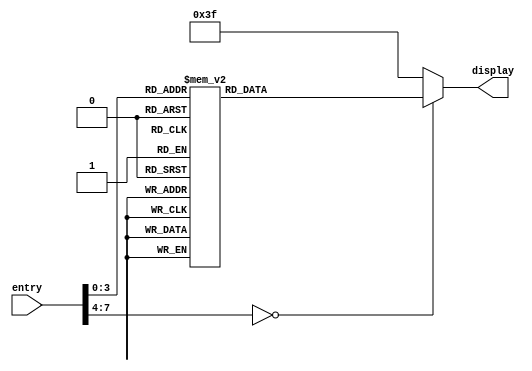
module disp7seg(entry, display);
	parameter tamanho = 8;
	input [tamanho - 1:0] entry;
	output reg [6:0] display;
	
	always @(entry) begin
	case(entry)
			8'b00000000: display = 7'b0000001; // 0
			8'b00000001: display = 7'b1001111; // 1
			8'b00000010: display = 7'b0010010; // 2
			8'b00000011: display = 7'b0000110; // 3
			8'b00000100: display = 7'b1001100; // 4
			8'b00000101: display = 7'b0100100; // 5
			8'b00000110: display = 7'b0100000; // 6
			8'b00000111: display = 7'b0001101; // 7
			8'b00001000: display = 7'b0000000; // 8
			8'b00001001: display = 7'b0000100; // 9
			8'b00001010: display = 7'b0001000; // A
			8'b00001011: display = 7'b1100000; // b
			8'b00001100: display = 7'b0110001; // C
			8'b00001101: display = 7'b1000010; // d
			8'b00001110: display = 7'b0110000; // E
			8'b00001111: display = 7'b0111000; // F
			default    : display = 7'b0111111; // -
	endcase
	end
endmodule